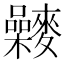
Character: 𪍻